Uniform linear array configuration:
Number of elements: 16
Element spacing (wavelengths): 0.25
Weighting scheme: blackman
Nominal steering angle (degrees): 45
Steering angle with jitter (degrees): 45.651
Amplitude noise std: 0.05
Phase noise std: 0.05

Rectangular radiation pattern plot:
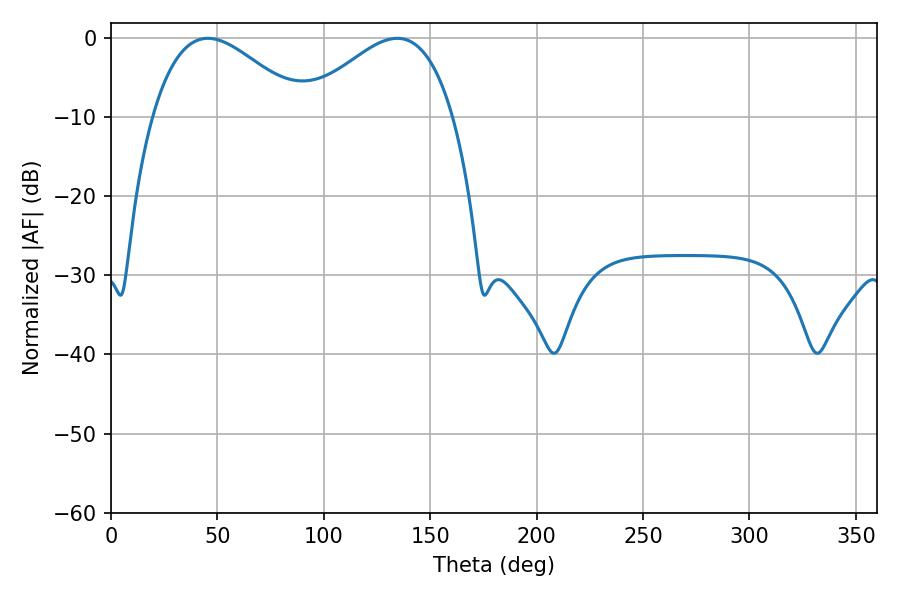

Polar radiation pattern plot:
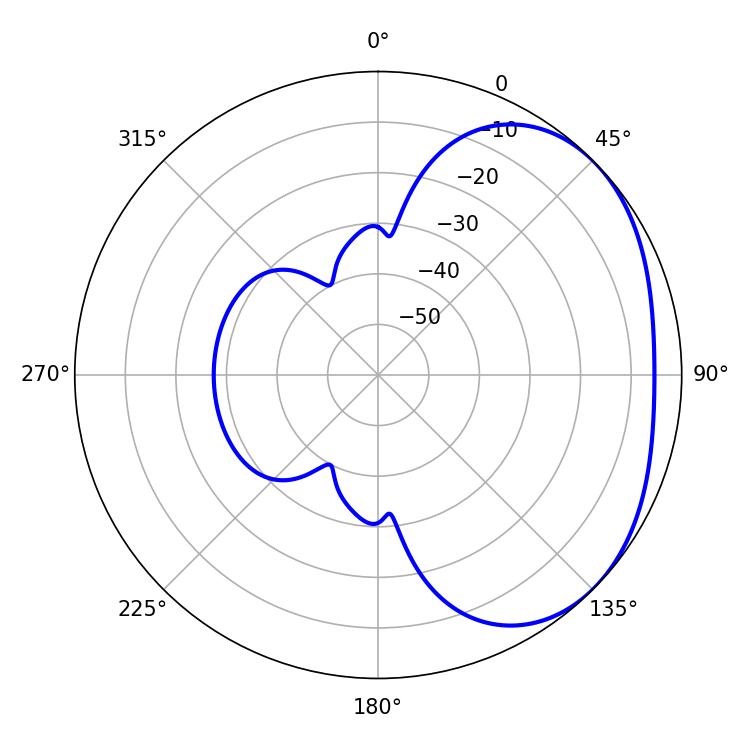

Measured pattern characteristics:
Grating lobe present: FALSE
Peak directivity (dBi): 2.609
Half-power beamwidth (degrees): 38.34
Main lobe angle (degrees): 45.54